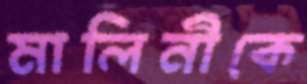
মালিনীকে